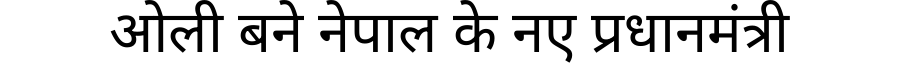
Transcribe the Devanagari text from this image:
ओली बने नेपाल के नए प्रधानमंत्री